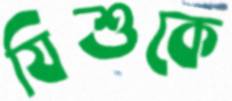
যিশুকে